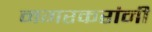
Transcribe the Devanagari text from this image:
नगरकरांनी